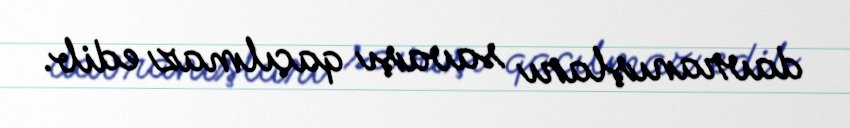
davranışları savaşı qaçılmaz edib.